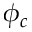
\phi _ { c }